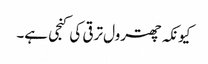
کیونکہ چھترول ترقی کی کنجی ہے۔